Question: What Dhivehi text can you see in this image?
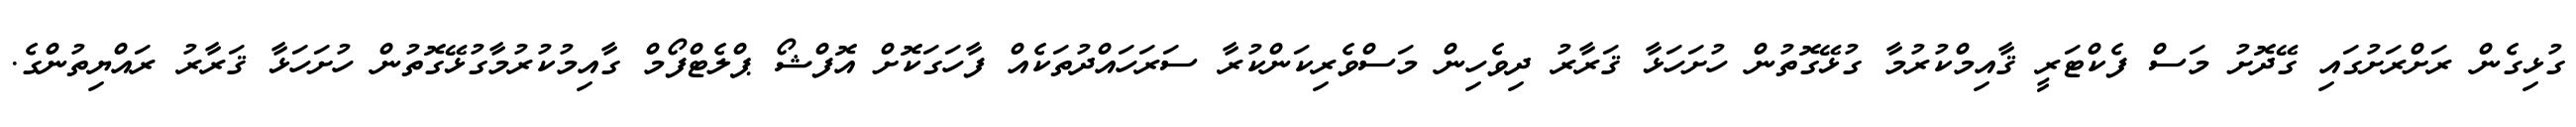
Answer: ގުޅިގެން ރަށްރަށުގައި ގޭދޮށު މަސް ފެކްޓަރީ ޤާއިމްކުރުމާ ގުޅޭގޮތުން ހުށަހަޅާ ޤަރާރު ދިވެހިން މަސްވެރިކަންކުރާ ސަރަހައްދުތަކެއް ފާހަގަކޮށް އޮފްޝޯ ޕްލެޓްފޯމް ގާއިމުކުރުމާގުޅޭގޮތުން ހުށަހަޅާ ޤަރާރު ރައްޔިތުންގެ.